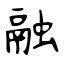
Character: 融